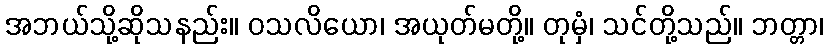
အဘယ်သို့ဆိုသနည်း။ ဝသလိယော၊ အယုတ်မတို့။ တုမှံ၊ သင်တို့သည်။ ဘတ္တာ၊